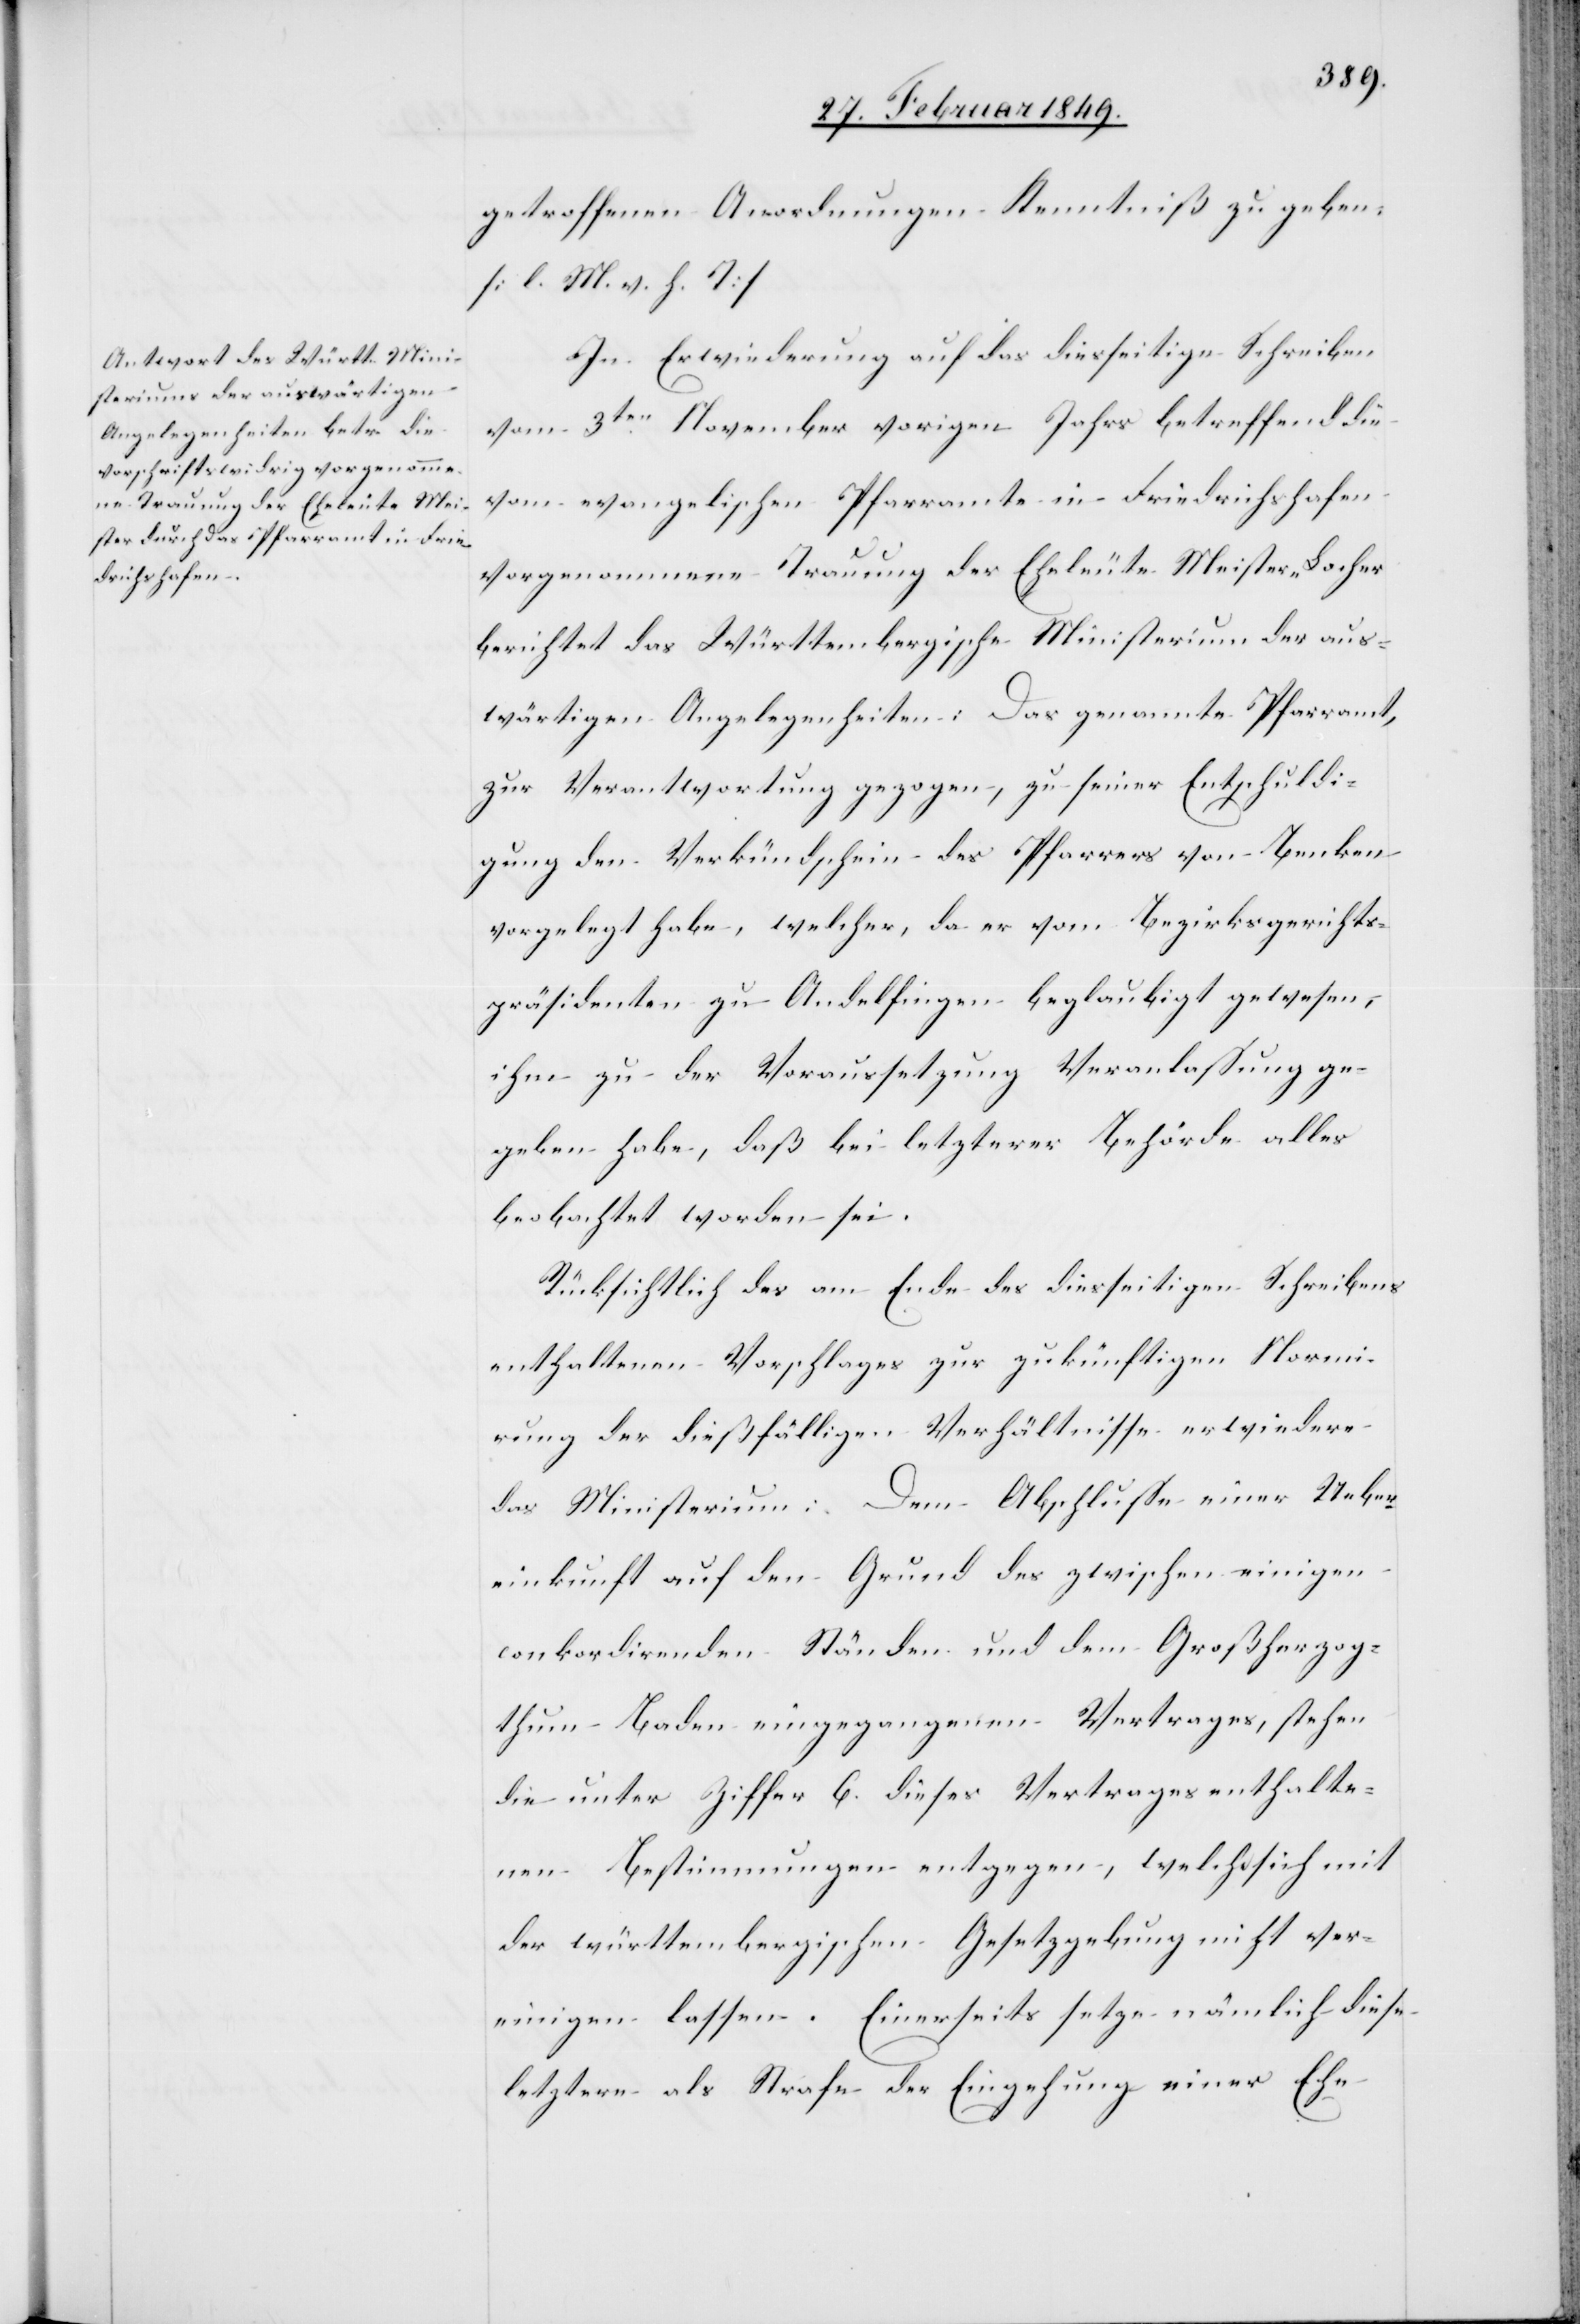
getroffenen Anordnungen Kenntniß zu geben.
[l. M. v. h. T]
In Erwiederung auf das diesseitige Schreiben
vom 3ten. November vorigen Jahrs betreffend die
vom evangelischen Pfarramte in Friedrichshafen
vorgenommene Trauung der Eheleute Meister-Locher
berichtet das Württembergische Ministerium der aus¬
wärtigen Angelegenheiten: Das genannte Pfarramt,
zur Verantwortung gezogen, zu seiner Entschuldi¬
gung den Verkündschein des Pfarrers von Benken
vorgelegt habe, welcher, da er vom Bezirksgerichts¬
präsidenten zu Andelfingen beglaubigt gewesen,
ihm zu der Voraussetzung Veranlassung ge¬
geben habe, daß bei letzterer Behörde alles
beobachtet worden sei.
Rücksichtlich des am Ende des diesseitigen Schreibens
enthaltenen Vorschlages zur zukünftigen Normi¬
rung der dießfälligen Verhältnisse erwiedere
das Ministerium: Dem Abschlusse einer Ueber¬
einkunft auf den Grund des zwischen einigen
conkordirenden Ständen und dem Großherzog¬
thum Baden eingegangenen Vertrages, stehen
die unter Ziffer 6. dieses Vertrages enthalte¬
nen Bestimmungen entgegen, welche sich mit
der württembergischen Gesetzgebung nicht ver¬
einigen lassen. Einerseits setze nämlich diese
letztere als Strafe der Eingehung einer Ehe